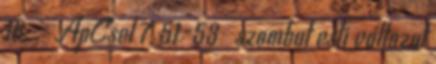
16. - ApCsel 7, 51-53 szombat esti változat